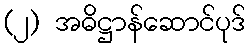
(၂) အဓိဋ္ဌာန်ဆောင်ပုဒ်